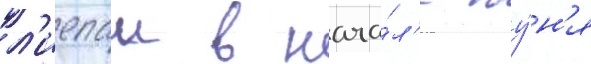
л'иепаи в нача́л'е иу́н'я